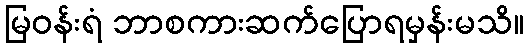
မြဝန်းရံ ဘာစကားဆက်ပြောရမှန်းမသိ။